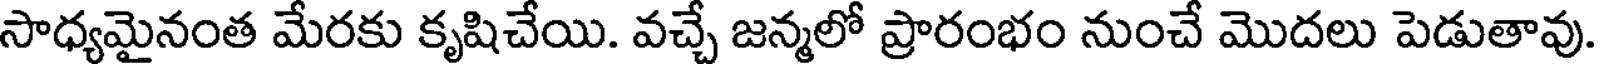
సాధ్యమైనంత మేరకు కృషిచేయి. వచ్చే జన్మలో ప్రారంభం నుంచే మొదలు పెడుతావు